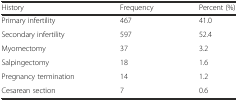
<table><thead><tr><td><b>History</b></td><td><b>Frequency</b></td><td><b>Percent (%)</b></td></tr></thead><tbody><tr><td>Primary infertility</td><td>467</td><td>41.0</td></tr><tr><td>Secondary infertility</td><td>597</td><td>52.4</td></tr><tr><td>Myomectomy</td><td>37</td><td>3.2</td></tr><tr><td>Salpingectomy</td><td>18</td><td>1.6</td></tr><tr><td>Pregnancy termination</td><td>14</td><td>1.2</td></tr><tr><td>Cesarean section</td><td>7</td><td>0.6</td></tr></tbody></table>